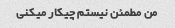
من مطمئن نیستم چیکار میکنی